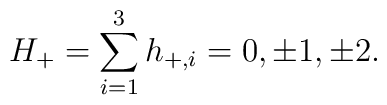
H_+ = \sum_{i=1}^3 h_{+,i} = 0, \pm 1, \pm 2.